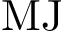
\mathrm { M J }